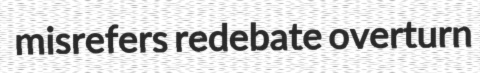
misrefers redebate overturn